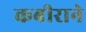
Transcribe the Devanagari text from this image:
कबीराने